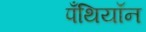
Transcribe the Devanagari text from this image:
पँथियॉन